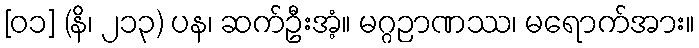
[၀၁] (နိ၊ ၂၁၃) ပန၊ ဆက်ဦးအံ့။ မဂ္ဂဉာဏဿ၊ မရောက်အား။